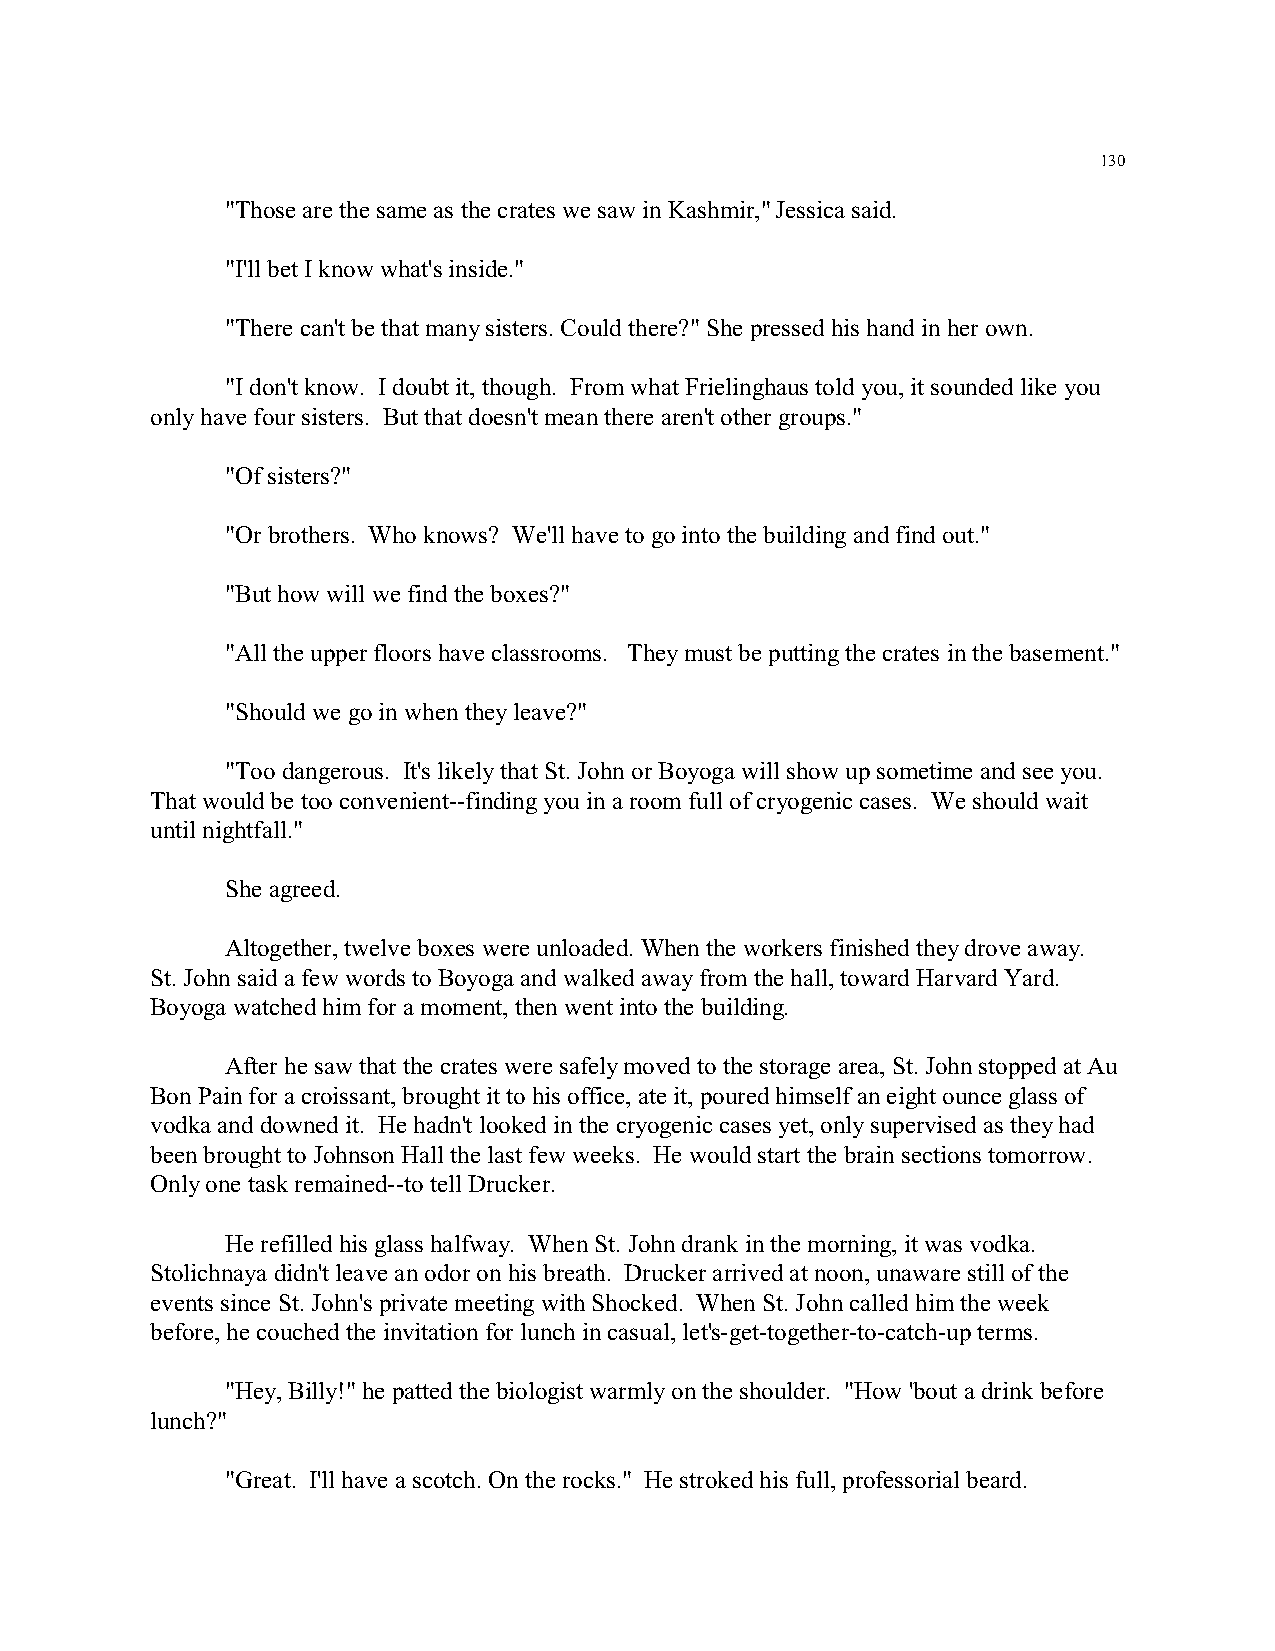
130
 "Those are the same as the crates we saw in Kashmir," Jessica said.
 "I'll bet I know what's inside."
 "There can't be that many sisters. Could there?" She pressed his hand in her own.
 "I don't know. I doubt it, though. From what Frielinghaus told you, it sounded like you
 only have four sisters. But that doesn't mean there aren't other groups."
 "Of sisters?"
 "Or brothers. Who knows? We'll have to go into the building and find out."
 "But how will we find the boxes?"
 "All the upper floors have classrooms. They must be putting the crates in the basement."
 "Should we go in when they leave?"
 "Too dangerous. It's likely that St. John or Boyoga will show up sometime and see you.
 That would be too convenient--finding you in a room full of cryogenic cases. We should wait
 until nightfall."
 She agreed.
 Altogether, twelve boxes were unloaded. When the workers finished they drove away.
 St. John said a few words to Boyoga and walked away from the hall, toward Harvard Yard.
 Boyoga watched him for a moment, then went into the building.
 After he saw that the crates were safely moved to the storage area, St. John stopped at Au
 Bon Pain for a croissant, brought it to his office, ate it, poured himself an eight ounce glass of
 vodka and downed it. He hadn't looked in the cryogenic cases yet, only supervised as they had
 been brought to Johnson Hall the last few weeks. He would start the brain sections tomorrow.
 Only one task remained--to tell Drucker.
 He refilled his glass halfway. When St. John drank in the morning, it was vodka.
 Stolichnaya didn't leave an odor on his breath. Drucker arrived at noon, unaware still of the
 events since St. John's private meeting with Shocked. When St. John called him the week
 before, he couched the invitation for lunch in casual, let's-get-together-to-catch-up terms.
 "Hey, Billy!" he patted the biologist warmly on the shoulder. "How 'bout a drink before
 lunch?"
 "Great. I'll have a scotch. On the rocks." He stroked his full, professorial beard.